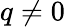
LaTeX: q\ne 0